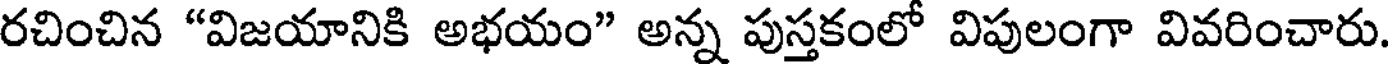
రచించిన "విజయానికి అభయం" అన్న పుస్తకంలో విపులంగా వివరించారు.